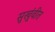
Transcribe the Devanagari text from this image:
सुखुंवीत